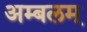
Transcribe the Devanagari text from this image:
अम्बलम्